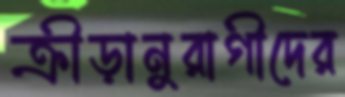
ক্রীড়ানুরাগীদের